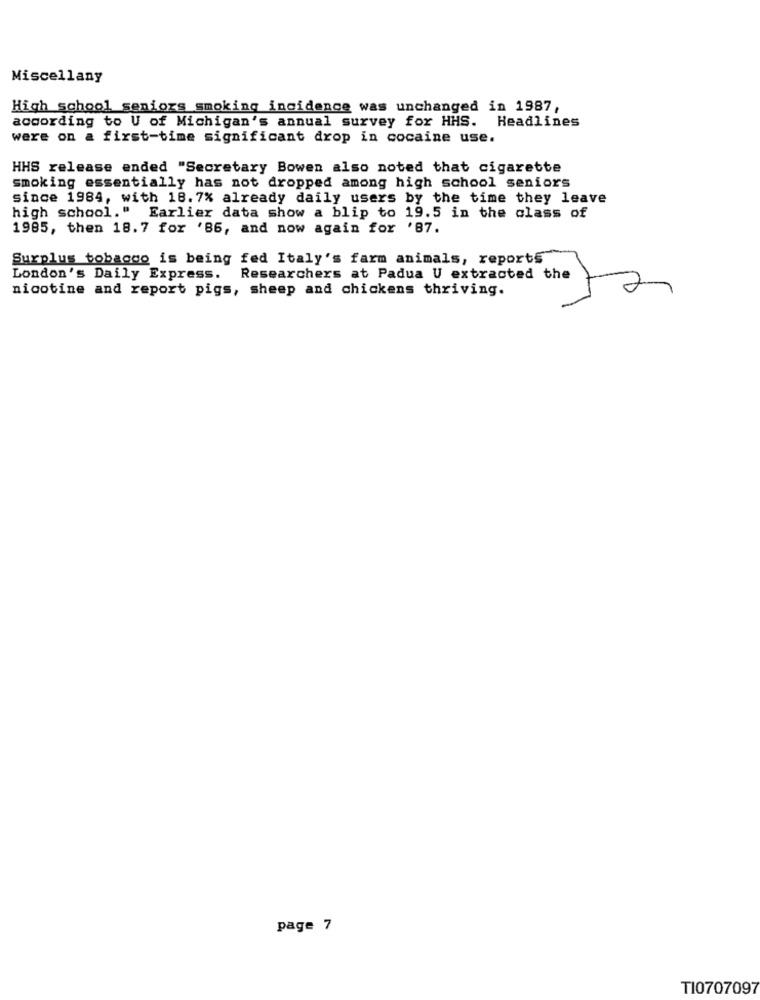
Miscellany
High school seniors smoking incidence was unchanged in 1987,
according to U of Michigan's annual survey for HHS. Headlines
were on a first-time significant drop in cocaine use.
HHS release ended "Secretary Bowen also noted that cigarette
smoking essentially has not dropped among high school seniors
since 1984, with 18. 7% already daily users by the time they leave
high school." Earlier data show a blip to 19.5 in the class of
1985, then 18.7 for '86, and now again for '87.
Surplus tobacco is being fed Italy's farm animals, reports
London's Daily Express.
nicotine and report pigs, sheep and chickens thriving.
Researchers at Padua U extracted the 7
page 7
TI0707097